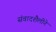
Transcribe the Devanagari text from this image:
संवादशैलीने